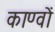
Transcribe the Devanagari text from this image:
काण्वों